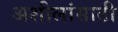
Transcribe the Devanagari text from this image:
अशीलांसाठी